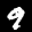
Label: 9